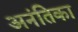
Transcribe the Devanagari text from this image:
अनंतिका